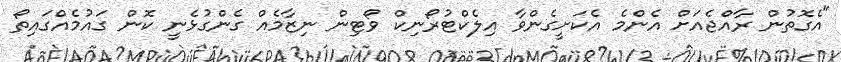
"އެގޮތުން ރާއްޖެއަށް އެންމެ އެކަށީގެންވާ އިލެކްޓުރޯނިކް ވޯޓިން ނިޒާމެއް ގެންގުޅެނީ ކޮން ގައުމެއްގައިތޯ